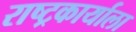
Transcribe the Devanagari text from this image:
राष्ट्रकार्याला